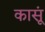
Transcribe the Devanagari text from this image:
कासूं